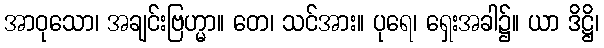
အာဝုသော၊ အချင်းဗြဟ္မာ။ တေ၊ သင်အား။ ပုရေ၊ ရှေးအခါ၌။ ယာ ဒိဋ္ဌိ၊